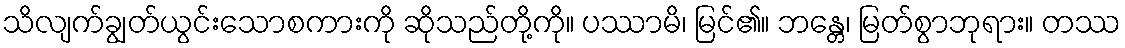
သိလျက်ချွတ်ယွင်းသောစကားကို ဆိုသည်တို့ကို။ ပဿာမိ၊ မြင်၏။ ဘန္တေ၊ မြတ်စွာဘုရား။ တဿ